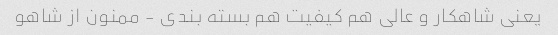
یعنی شاهکار و عالی هم کیفیت هم بسته بندی - ممنون از شاهو